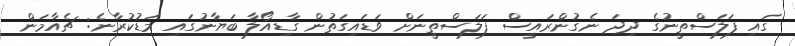
ގައި ފަލަސްތީނުގެ ދިދަ ނެގުންރައީސް ފަލަސްތީނަށް ވަޑައިގަތުން ގާޑިއޯލާ ބަޔާނުގައި މަޑުކުރާނެ: ޗެއާމަން